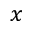
x